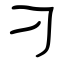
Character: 刁